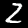
Digit: 2